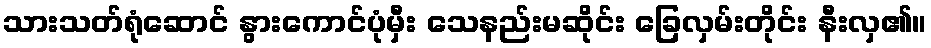
သားသတ်ရုံဆောင် နွားကောင်ပုံမှီး သေနည်းမဆိုင်း ခြေလှမ်းတိုင်း နီးလှ၏။